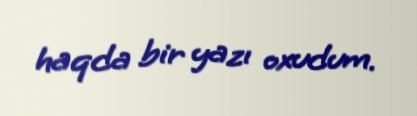
haqda bir yazı oxudum.